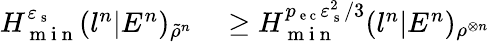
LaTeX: \begin{array}{rl}{H_{\mathrm{~m~i~n~}}^{\varepsilon_{\mathrm{~s~}}}(l^{n}|E^{n})_{\tilde{\rho}^{n}}}&{{}\geq H_{\mathrm{~m~i~n~}}^{p_{\mathrm{~e~c~}}\varepsilon_{\mathrm{~s~}}^{2}/3}(l^{n}|E^{n})_{\rho^{\otimes n}}}\end{array}